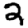
Digit: 2